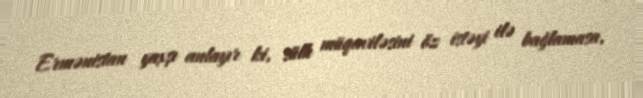
Ermənistan yaxşı anlayır ki, sülh müqaviləsini öz istəyi ilə bağlamasa,